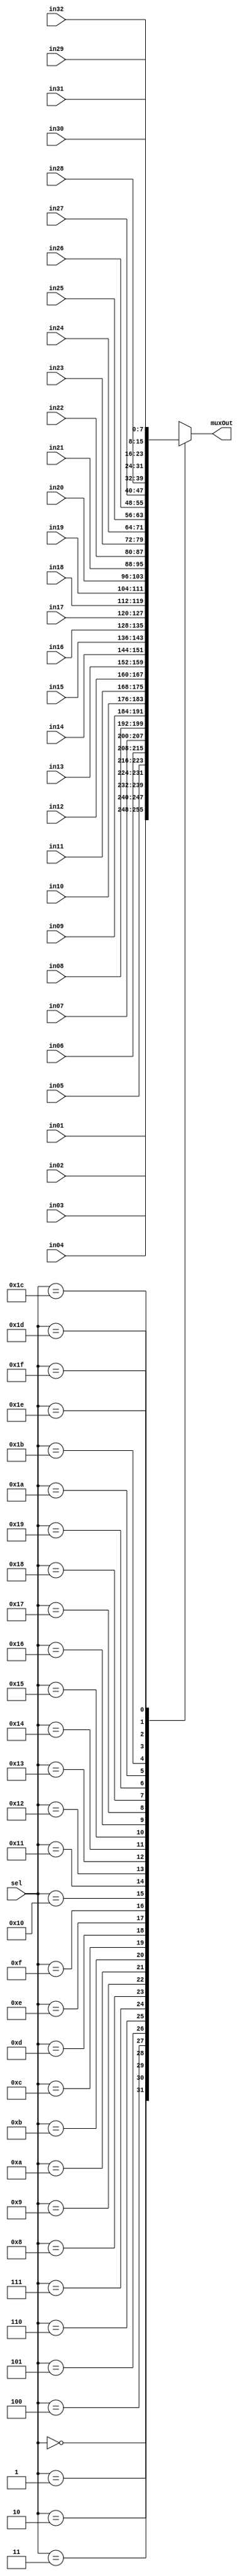
module mux32to1_8b(input [7:0] in01,input [7:0] in02, input [7:0] in03, input [7:0] in04, input [7:0] in05,input [7:0] in06, input [7:0] in07, input [7:0] in08,
  input [7:0] in09,input [7:0] in10, input [7:0] in11, input [7:0] in12, input [7:0] in13,input [7:0] in14, input [7:0] in15, input [7:0] in16,
  input [7:0] in17,input [7:0] in18, input [7:0] in19, input [7:0] in20, input [7:0] in21,input [7:0] in22, input [7:0] in23, input [7:0] in24,
  input [7:0] in25,input [7:0] in26, input [7:0] in27, input [7:0] in28, input [7:0] in29,input [7:0] in30, input [7:0] in31, input [7:0] in32,
 input[4:0] sel,output reg [7:0] muxOut);
  always@(in01,in02,in03,in04,in05,in06,in07,in08,in09,in10,in11,in12,in13,in14,in15,in16,in17,in18,in19,in20,in21,in22,in23,in24,in25,in26,in27,in28,in29,in30,in31,in32,sel)
  case(sel)
    5'b00000: muxOut=in01;5'b00001: muxOut=in02;5'b00010: muxOut=in03;5'b00011: muxOut=in04;
    5'b00100: muxOut=in05;5'b00101: muxOut=in06;5'b00110: muxOut=in07;5'b00111: muxOut=in08;
    5'b01000: muxOut=in09;5'b01001: muxOut=in10;5'b01010: muxOut=in11;5'b01011: muxOut=in12;
    5'b01100: muxOut=in13;5'b01101: muxOut=in14;5'b01110: muxOut=in15;5'b01111: muxOut=in16;
    5'b10000: muxOut=in17;5'b10001: muxOut=in18;5'b10010: muxOut=in19;5'b10011: muxOut=in20;
    5'b10100: muxOut=in21;5'b10101: muxOut=in22;5'b10110: muxOut=in23;5'b10111: muxOut=in24;
    5'b11000: muxOut=in25;5'b11001: muxOut=in26;5'b11010: muxOut=in27;5'b11011: muxOut=in28;
    5'b11100: muxOut=in29;5'b11101: muxOut=in30;5'b11110: muxOut=in31;5'b11111: muxOut=in32;
  endcase
endmodule